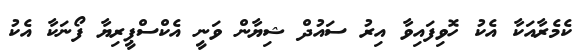
ކެމެރާއަކާ އެކު ހޮވިފައިވާ އިރު ސައުދް ޝިޔާން ވަނީ އެކްސްޕީރިޔާ ފޯނަކާ އެކު